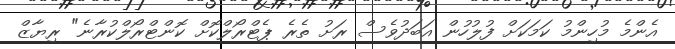
އެންމެ މުހިންމު ކަމަކަށް ފުލުހުން އަބަދުވެސް ރަށު ތެރެ ޕެޓްރޯލްކޮށް ކޮންޓްރޯލްކުރާނެ" ރިޔާޒް